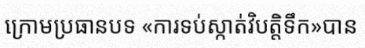
ក្រោមប្រធានបទ «ការទប់ស្កាត់វិបត្តិទឹក»បាន